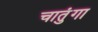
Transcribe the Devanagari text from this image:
चातुंगा